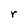
Character: r